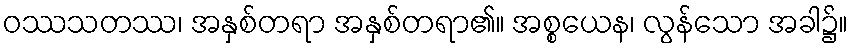
ဝဿသတဿ၊ အနှစ်တရာ အနှစ်တရာ၏။ အစ္စယေန၊ လွန်သော အခါ၌။